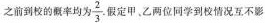
之前到校的概率均为\frac{2}{3}.假定甲、乙两位同学到校情况互不影